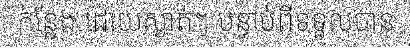
កន្លែង ដោយស្ងាត់ៗ បន្ទាប់ពីទទួលបាន